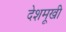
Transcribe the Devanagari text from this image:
देशमूखी